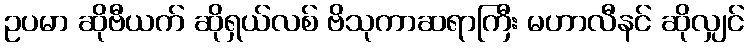
ဥပမာ ဆိုဗီယက် ဆိုရှယ်လစ် ဗိသုကာဆရာကြီး မဟာလီနင် ဆိုလျှင်